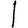
Digit: 1